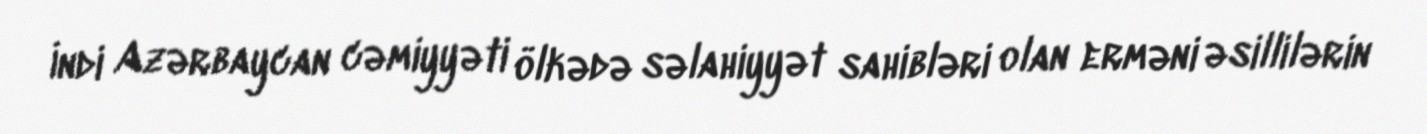
İndi Azərbaycan cəmiyyəti ölkədə səlahiyyət sahibləri olan erməni əsillilərin